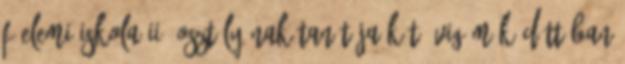
főelemi iskola II. osztályának tanítója két évig működött ban